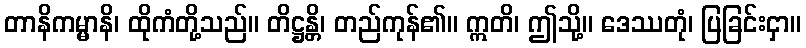
တာနိကမ္မာနိ၊ ထိုကံတို့သည်။ တိဋ္ဌန္တိ၊ တည်ကုန်၏။ ဣတိ၊ ဤသို့။ ဒေဿတုံ၊ ပြခြင်းငှာ။